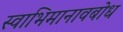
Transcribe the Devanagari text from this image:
स्वाभिमानावबोध